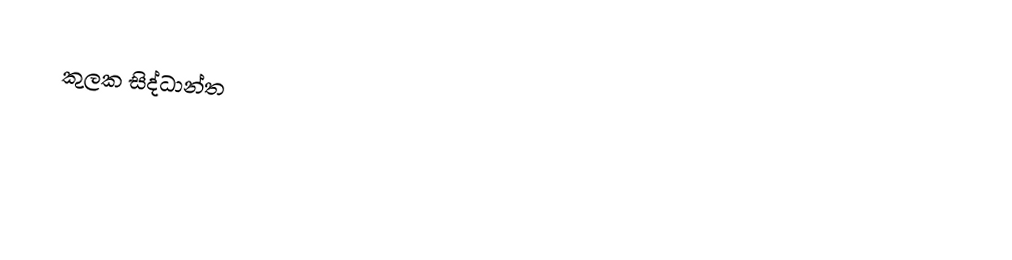
කුලක සිද්ධාන්ත